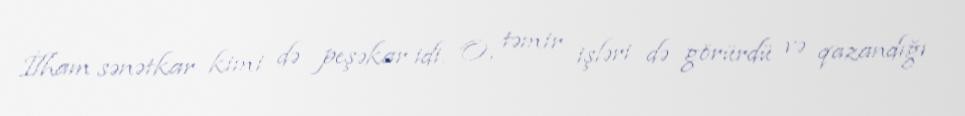
İlham sənətkar kimi də peşəkar idi. O, təmir işləri də görürdü və qazandığı